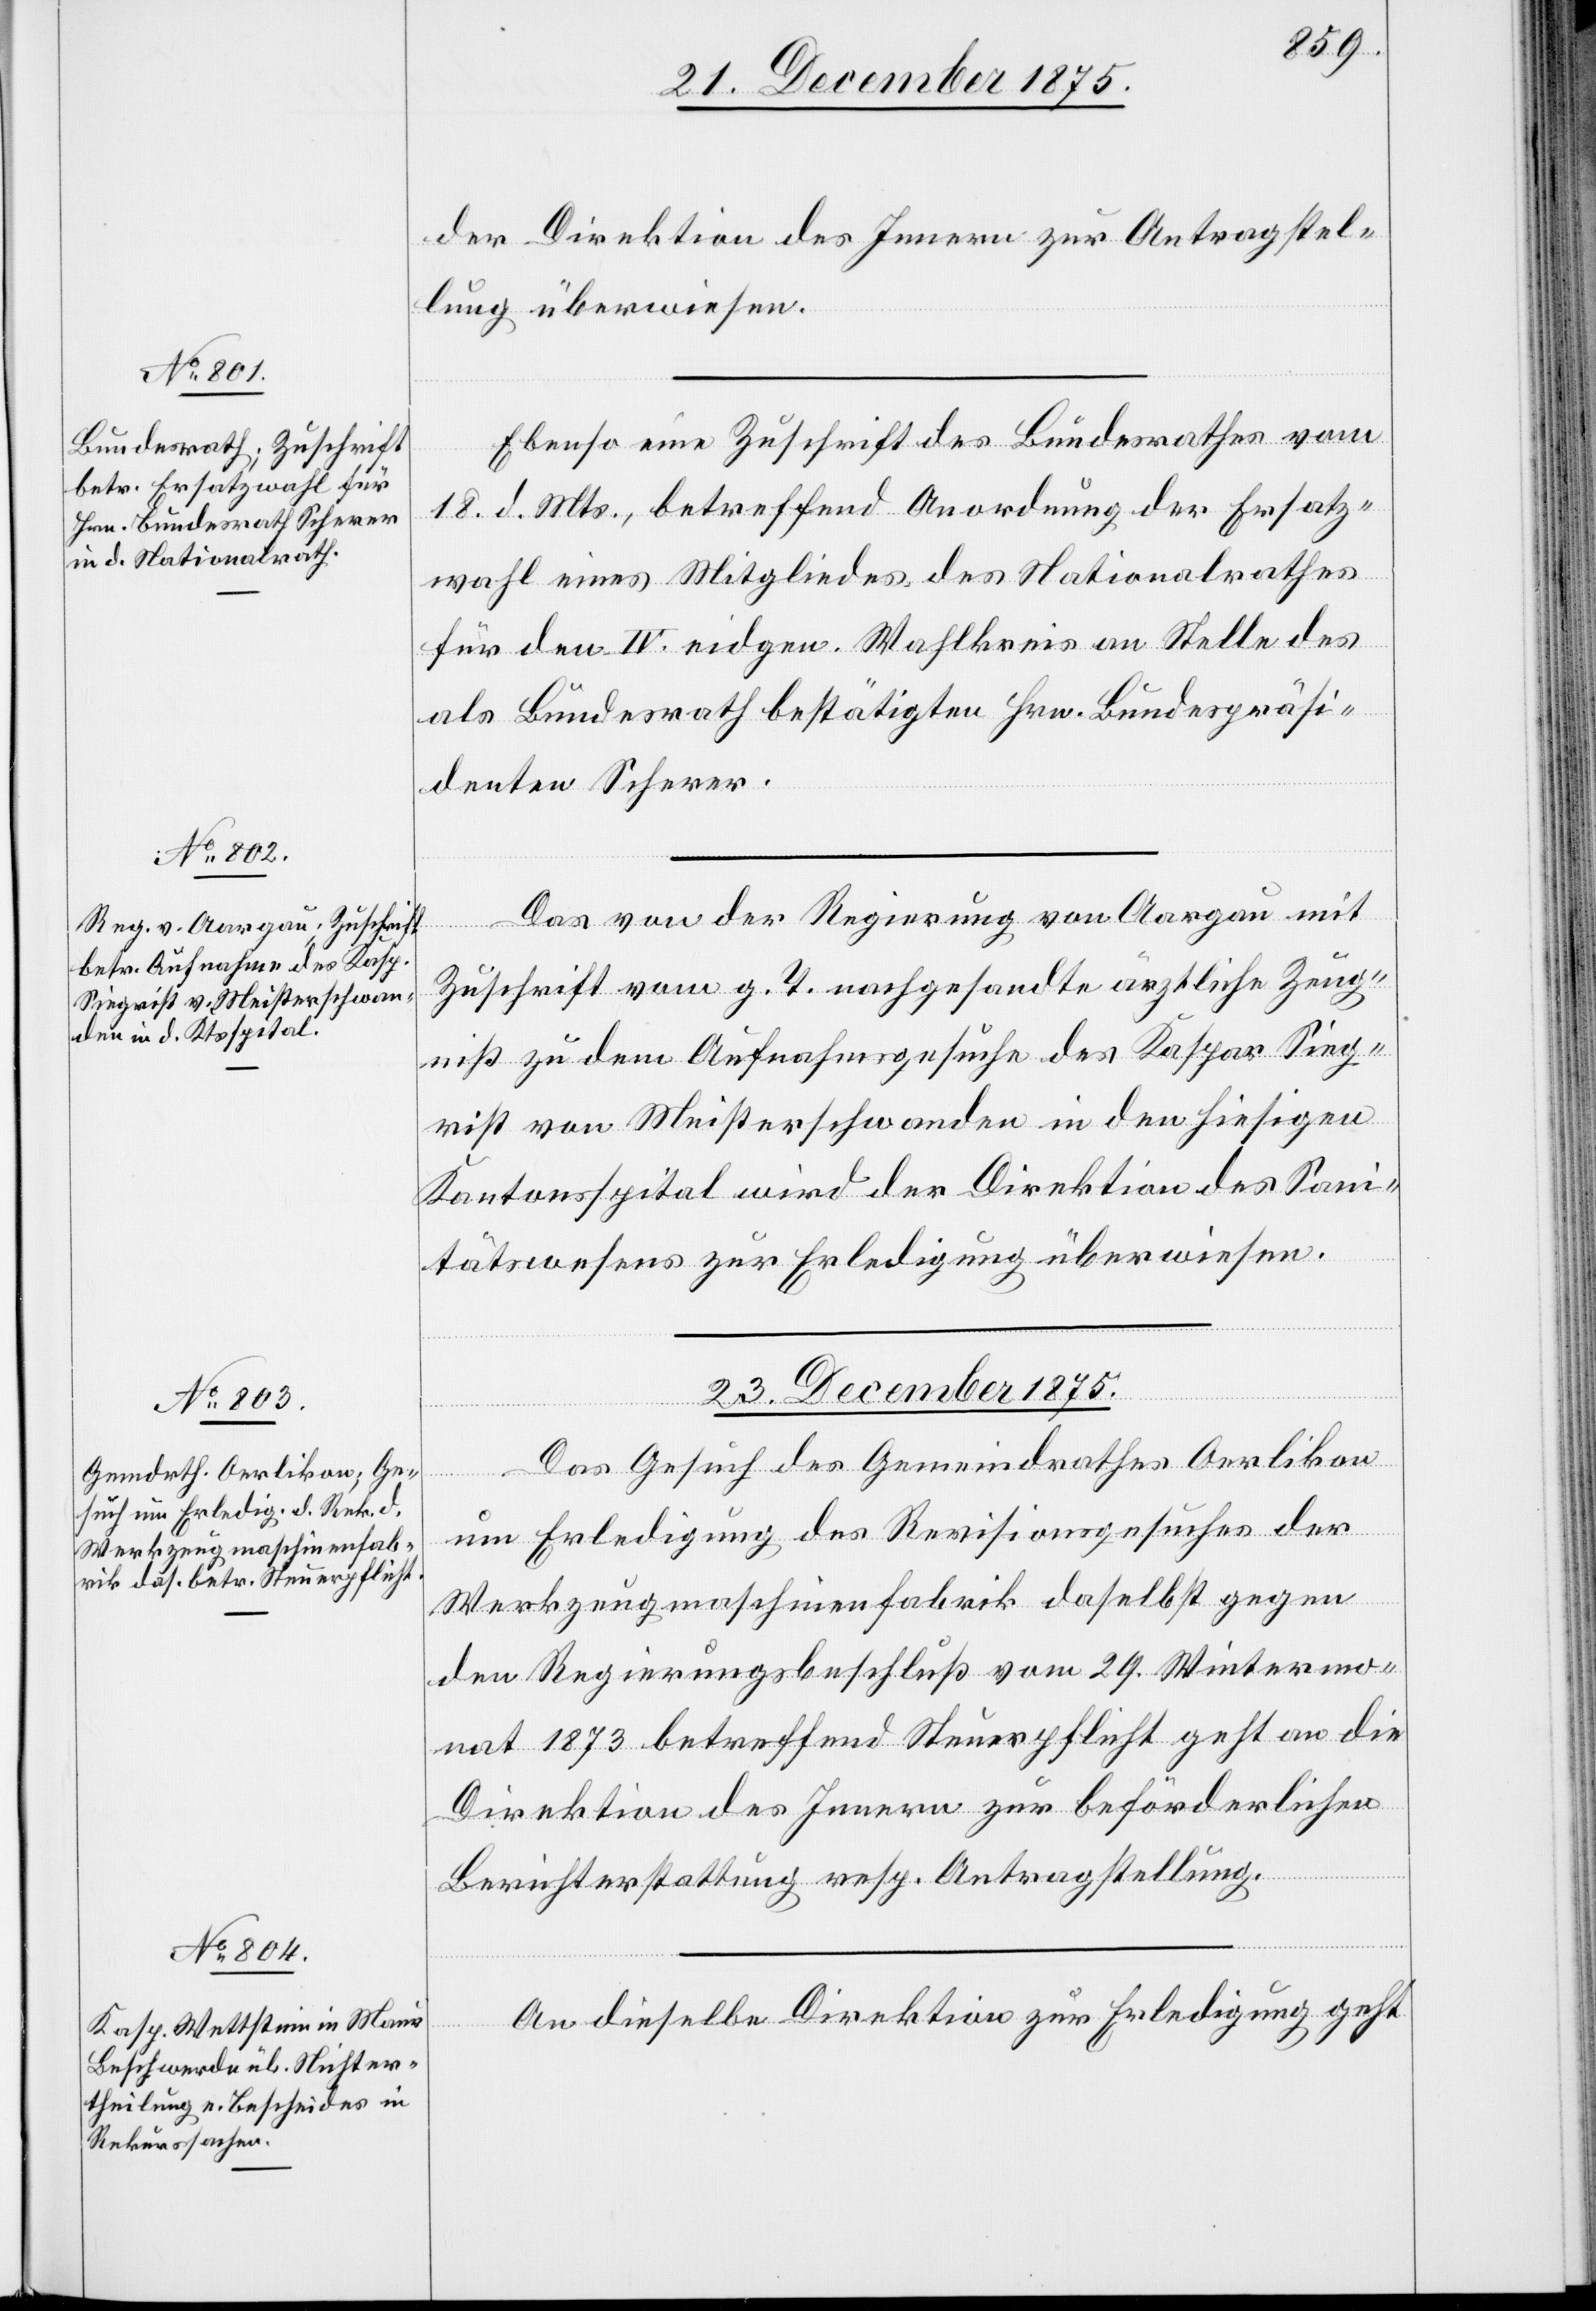
23. December 1875.]
der Direktion des Innern zur Antragstel¬
lung überwiesen.
Ebenso eine Zuschrift des Bundesrathes vom
18. d. Mts., betreffend Anordnung der Ersatz¬
wahl eines Mitgliedes des Nationalrathes
für den IV. eidgen. Wahlkreis an Stelle des
als Bundesrath bestätigten Hrn. Bundespräsi¬
denten Scherer.
Das von der Regierung von Aargau mit
Zuschrift vom g. T. nachgesandte ärztliche Zeug¬
niß zu dem Aufnahmsgesuche des Kaspar Sieg¬
riest von Meisterschwanden in den hiesigen
Kantonsspital wird der Direktion des Sani¬
tätswesens zur Erledigung überwiesen.
23. December 1875.
um Erledigung des Revisionsgesuches der
Werkzeugmaschinenfabrik daselbst gegen
den Regierungsbeschluß vom 29. Wintermo¬
nat 1873 betreffend Steuerpflicht geht an die
Direktion des Innern zur beförderlichen
Berichterstattung resp. Antragstellung.
An dieselbe Direktion zur Erledigung